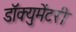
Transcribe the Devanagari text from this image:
डॉक्‍युमेंटरी